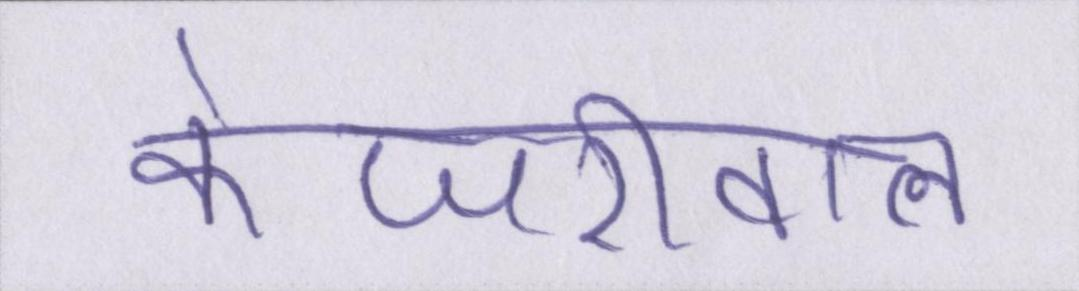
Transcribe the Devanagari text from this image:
केजरीवाल